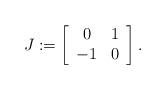
LaTeX: \begin{align*} J := \left[\begin{array}{cc} 0 & 1 \\ -1 & 0\end{array}\right]. \end{align*}